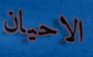
الاحيان